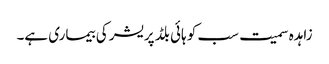
زاہدہ سمیت سب کو ہائی بلڈ پریشر کی بیماری ہے۔